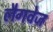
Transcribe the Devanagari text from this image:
लैगवेज